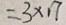
= 3 \times 1 7